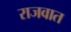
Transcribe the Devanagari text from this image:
राजवात